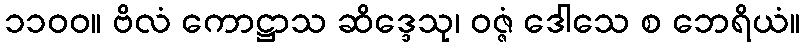
၁၁၀၀။ ဗိလံ ကောဋ္ဌာသ ဆိဒ္ဒေသု၊ ဝဇ္ဇံ ဒေါသေ စ ဘေရိယံ။